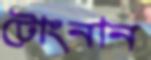
টোংনান